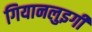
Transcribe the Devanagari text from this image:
गियानलुइगी